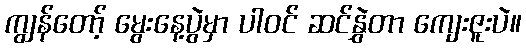
ကျွန်တော့် မွေးနေ့ပွဲမှာ ပါဝင် ဆင်နွှဲတာ ကျေးဇူးပဲ။